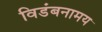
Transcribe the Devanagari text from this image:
विडंबनामय